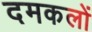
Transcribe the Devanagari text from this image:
दमकलों